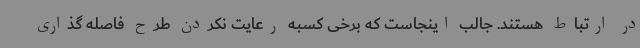
در ارتباط هستند. جالب اینجاست که برخی کسبه رعایت نکردن طرح فاصله گذاری